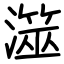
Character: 澨